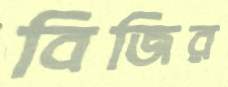
বিজির